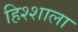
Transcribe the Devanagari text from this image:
हिश्शाला